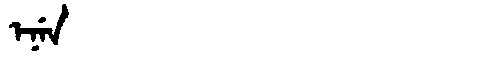
Manchu: ᡝᠨᡝᠨ
Romanization: ENEN